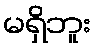
မရှိဘူး